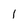
Character: l